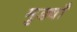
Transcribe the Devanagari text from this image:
मुड्याँ